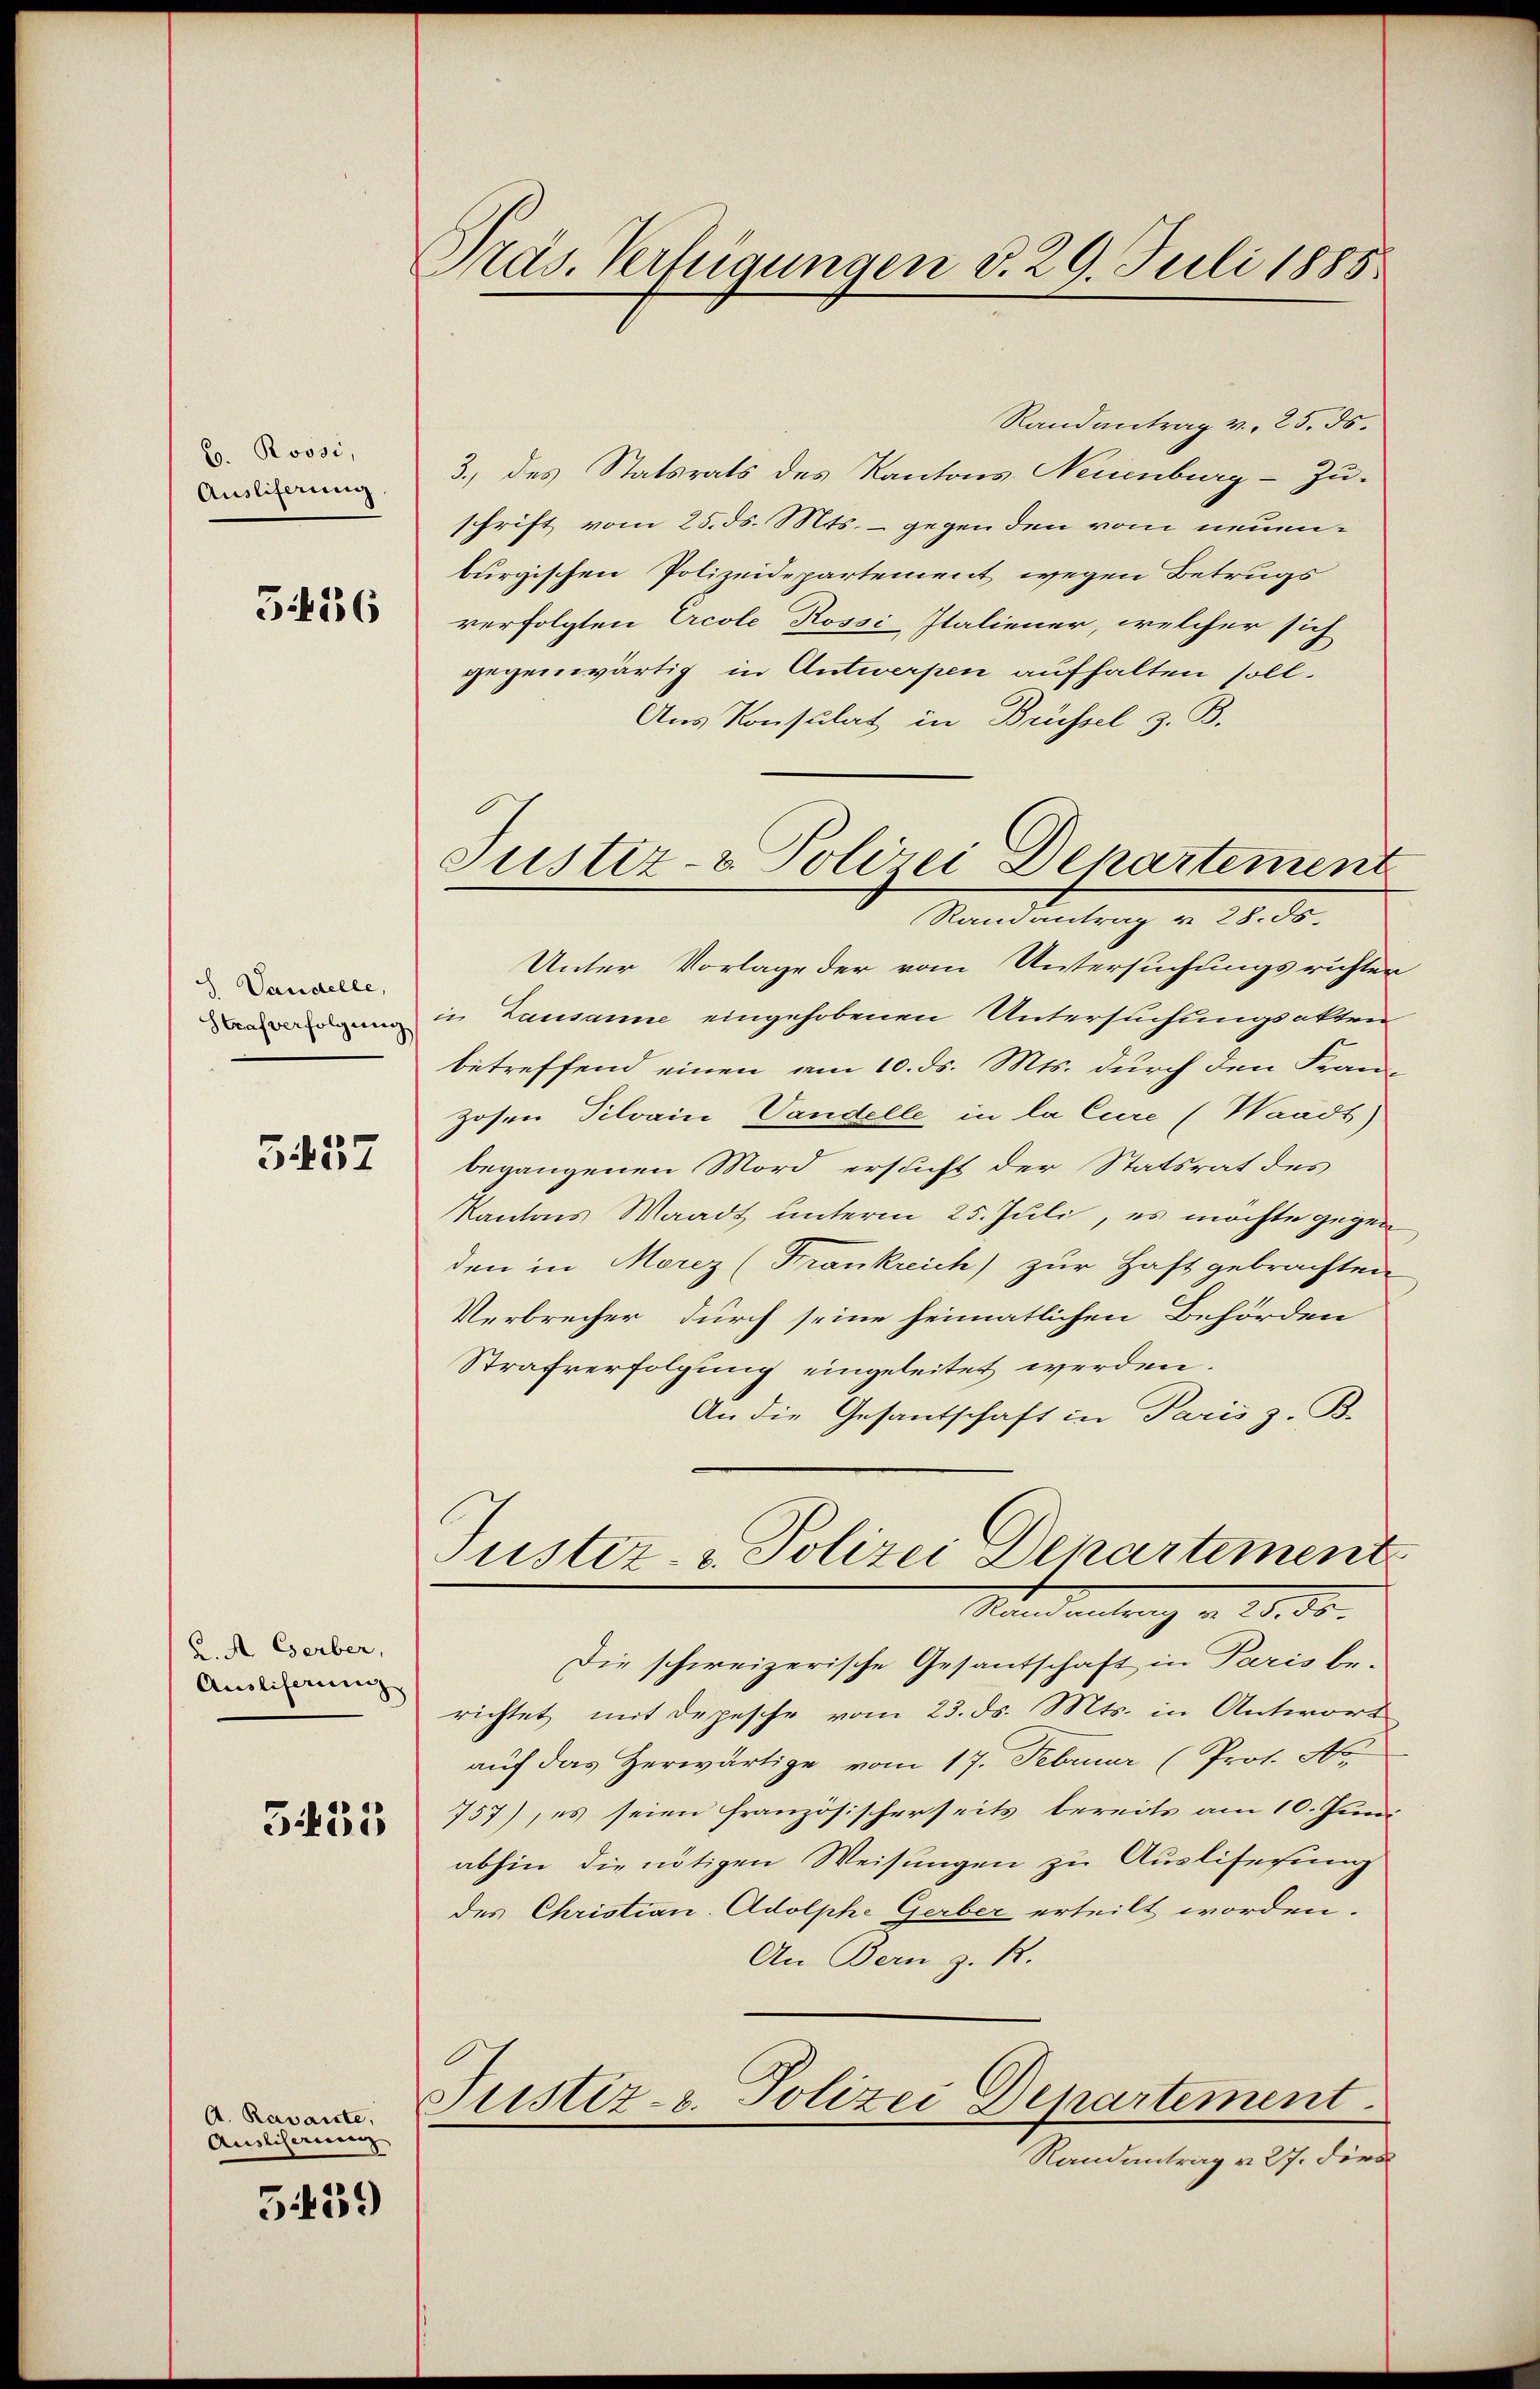
b. Rossi
Ausliferung

3436

Vandelle,

5457

K. A. Gerber,
Ausliserung
3435

A. Ravante,
Auslisirung

5.439

Präs. Verfügungen v. 29. Juli 1885

Randantrag v. 25. ds.
3., des Statsrats des Kantons Neuenburg-Zu-
schrift vom 25. ds. Mts. - gegen den vom neuenburgischen Polizeidepartement wegen Betrugs
verfolgten Ercole Rossi-Italiener, welcher sich
gegenwärtig in Antwerpen aufhalten soll.
Aus Konsulat in Brüssel z. B.
Unter Vorlage der vom Untersuchungs ruhter
erfolgung in Zumanne eingehobenen Untersuchungsakten
betreffend einen am 10. ds. Mts. durch den Fran
zosen Pilvain Vandelle in la Cure (Waadt)
begangenen Mord ersucht der Statsrat des
Kantons Waadt unterm 25. Juli, es möchte gegen
den in Morez (Frankreich zur Haft gebrachten
Verbrecher durch seine heimatlichen Behörden
Strafverfolgung eingeleitet werden.
An die Gesantschaft in Paris z. B.
Justiz- & Polizei Departement
Mindenlang v. 28. ds.
Die schweizerische Gesantschaft in Paris be-
richtet mit Depesche vom 23. ds. Mts. in Antwort
auf das Herwärtige vom 17. Februar (Prot. No
757), es seien französischerseits bereits am 10. Juni
abhin die nötigen Weisungen zu Ausliserung
des Christian Adolphe Gerber erteilt worden.
An Bern z. R.
Justiz- u. Polizei Departement
Randantrag v. 27. dire

Justiz- & Polizei Departement
Randantrag v. 28. ds.